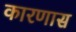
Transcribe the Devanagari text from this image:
कारणास